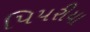
પિપરીયા